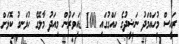
ރައީސް މުހައްމަދު ނަޝީދުގެ ހައްގުގައި 100 ޑައިވަރުން މިއަދު މާލޭގެ ހުޅަނގު ކޮޅަށް